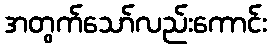
အတွက်သော်လည်းကောင်း